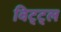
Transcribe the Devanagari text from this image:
विट्ट्ल